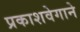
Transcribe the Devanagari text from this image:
प्रकाशवेगाने